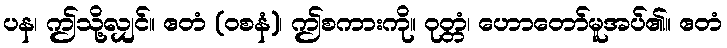
ပန၊ ဤသို့လျှင်။ ဧတံ (ဝစနံ)၊ ဤစကားကို။ ဝုတ္တံ၊ ဟောတော်မူအပ်၏။ ဧတံ